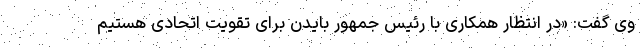
وی گفت: «در انتظار همکاری با رئیس جمهور بایدن برای تقویت اتحادی هستیم